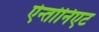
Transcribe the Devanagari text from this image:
ऐन्तोनिएट